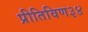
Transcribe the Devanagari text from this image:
प्रीतिविण३४